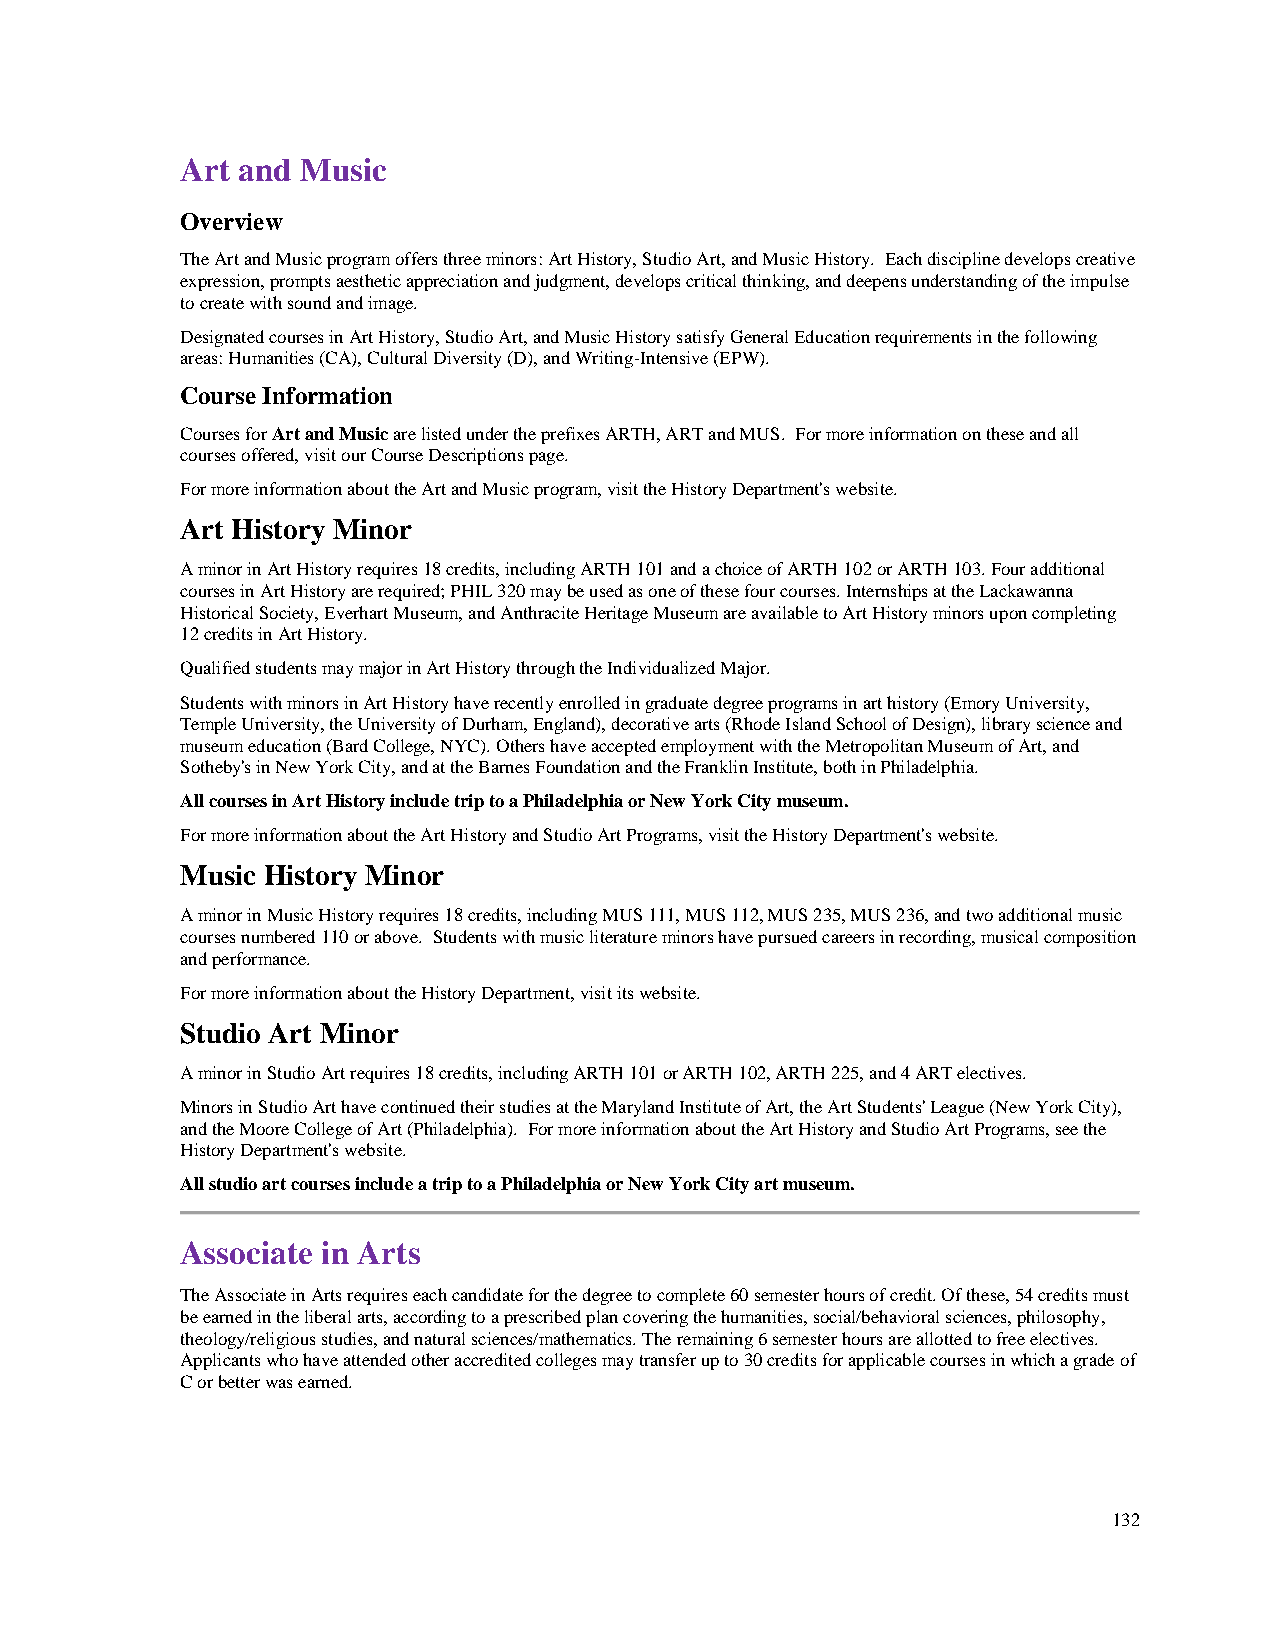
Art and Music
 Overview
 The Art and Music program offers three minors: Art History, Studio Art, and Music History. Each discipline develops creative
 expression, prompts aesthetic appreciation and judgment, develops critical thinking, and deepens understanding of the impulse
 to create with sound and image.
 Designated courses in Art History, Studio Art, and Music History satisfy General Education requirements in the following
 areas: Humanities (CA), Cultural Diversity (D), and Writing-Intensive (EPW).
 Course Information
 Courses for Art and Music are listed under the prefixes ARTH, ART and MUS. For more information on these and all
 courses offered, visit our Course Descriptions page.
 For more information about the Art and Music program, visit the History Department's website.
 Art History Minor
 A minor in Art History requires 18 credits, including ARTH 101 and a choice of ARTH 102 or ARTH 103. Four additional
 courses in Art History are required; PHIL 320 may be used as one of these four courses. Internships at the Lackawanna
 Historical Society, Everhart Museum, and Anthracite Heritage Museum are available to Art History minors upon completing
 12 credits in Art History.
 Qualified students may major in Art History through the Individualized Major.
 Students with minors in Art History have recently enrolled in graduate degree programs in art history (Emory University,
 Temple University, the University of Durham, England), decorative arts (Rhode Island School of Design), library science and
 museum education (Bard College, NYC). Others have accepted employment with the Metropolitan Museum of Art, and
 Sotheby's in New York City, and at the Barnes Foundation and the Franklin Institute, both in Philadelphia.
 All courses in Art History include trip to a Philadelphia or New York City museum.
 For more information about the Art History and Studio Art Programs, visit the History Department's website.
 Music History Minor
 A minor in Music History requires 18 credits, including MUS 111, MUS 112, MUS 235, MUS 236, and two additional music
 courses numbered 110 or above. Students with music literature minors have pursued careers in recording, musical composition
 and performance.
 For more information about the History Department, visit its website.
 Studio Art Minor
 A minor in Studio Art requires 18 credits, including ARTH 101 or ARTH 102, ARTH 225, and 4 ART electives.
 Minors in Studio Art have continued their studies at the Maryland Institute of Art, the Art Students' League (New York City),
 and the Moore College of Art (Philadelphia). For more information about the Art History and Studio Art Programs, see the
 History Department's website.
 All studio art courses include a trip to a Philadelphia or New York City art museum.
 Associate in Arts
 The Associate in Arts requires each candidate for the degree to complete 60 semester hours of credit. Of these, 54 credits must
 be earned in the liberal arts, according to a prescribed plan covering the humanities, social/behavioral sciences, philosophy,
 theology/religious studies, and natural sciences/mathematics. The remaining 6 semester hours are allotted to free electives.
 Applicants who have attended other accredited colleges may transfer up to 30 credits for applicable courses in which a grade of
 C or better was earned.
 132